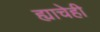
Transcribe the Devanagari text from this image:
ह्याचेही